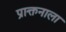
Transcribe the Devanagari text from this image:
प्राक्तनाला